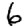
Digit: 6